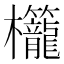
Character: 𬅚